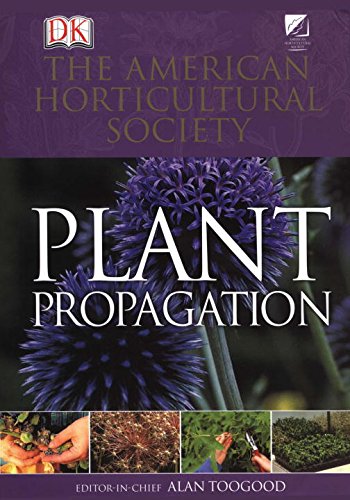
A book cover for American Horticultural Society Plant Propagation: The Fully Illustrated Plant-by-Plant Manual of Practical Techniques; Alan Toogood; Science & Math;